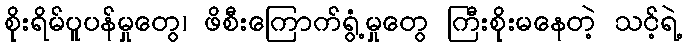
စိုးရိမ်ပူပန်မှုတွေ၊ ဖိစီးကြောက်ရွံ့မှုတွေ ကြီးစိုးမနေတဲ့ သင့်ရဲ့